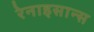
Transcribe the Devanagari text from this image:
रेनाइसान्स